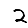
Digit: 2